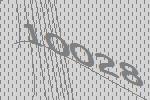
10028